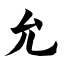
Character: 允